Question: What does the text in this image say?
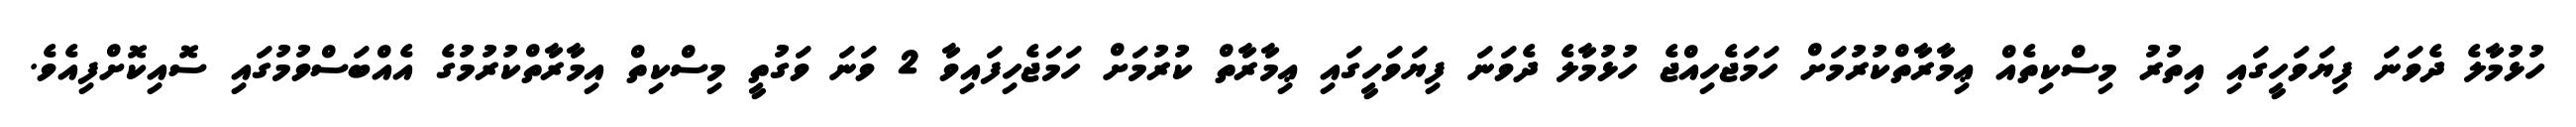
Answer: ހުޅުމާލެ ދެވަނަ ފިޔަވަހީގައި އިތުރު މިސްކިތެއް ޢިމާރާތްކުރުމަށް ހަމަޖެހިއްޖެ ހުޅުމާލެ ދެވަނަ ފިޔަވަހީގައި ޢިމާރާތް ކުރުމަށް ހަމަޖެހިފައިވާ 2 ވަނަ ވަގުތީ މިސްކިތް އިމާރާތްކުރުމުގެ އެއްބަސްވުމުގައި ސޮއިކޮށްފިއެވެ.